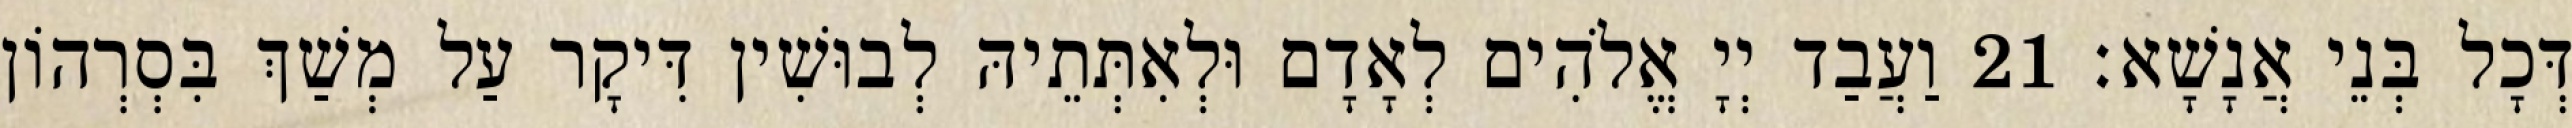
דְּכָל בְּנֵי אֲנָשָׁא׃ 21 וַעֲבַד יְיָ אֱלֹהִים לְאָדָם וּלְאִתְּתֵיהּ לְבוּשִׁין דִּיקָר עַל מְשַׁךְ בִּסְרְהוֹן